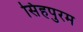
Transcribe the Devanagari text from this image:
सिंहपुरम